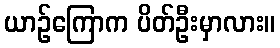
ယာဉ်ကြောက ပိတ်ဦးမှာလား။